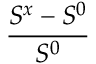
\frac { S ^ { x } - S ^ { 0 } } { S ^ { 0 } }